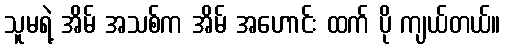
သူမရဲ့ အိမ် အသစ်က အိမ် အဟောင်း ထက် ပို ကျယ်တယ်။